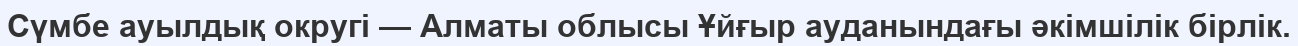
Сүмбе ауылдық округі — Алматы облысы Ұйғыр ауданындағы әкімшілік бірлік.